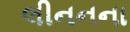
લીનનના